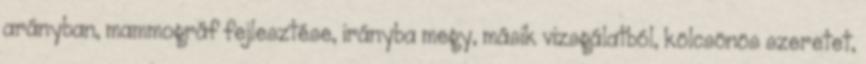
arányban, mammográf fejlesztése, irányba megy, másik vizsgálatból, kölcsönös szeretet,